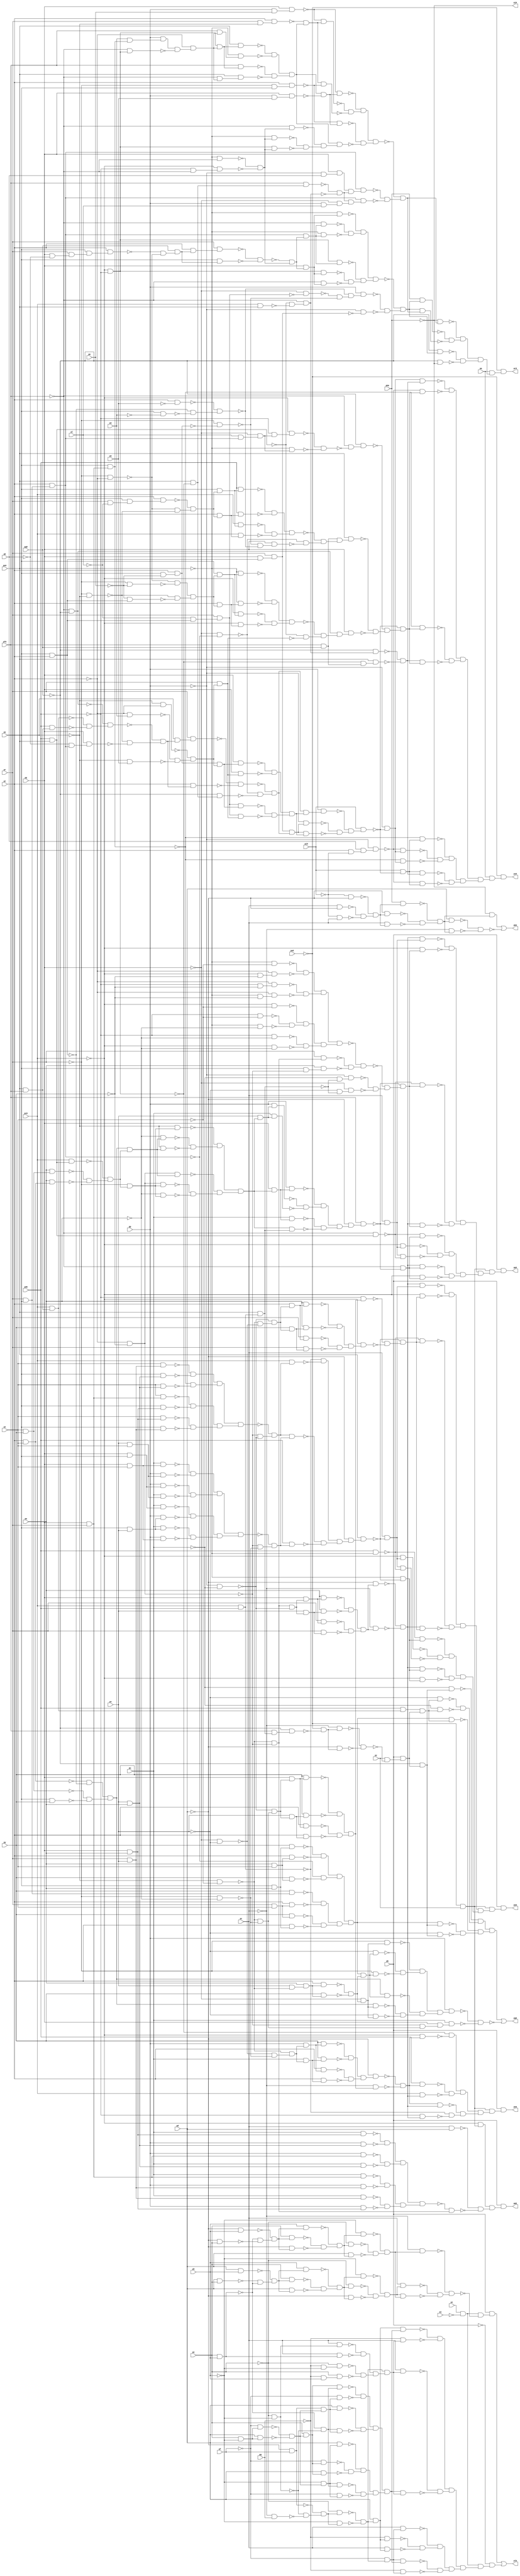
module top ( 
    pp, pa0, pq, pr, pc0, ps, pd0, pt, pe0, pu, pf0, pv, pg0, pw, ph0, px,
    pi0, py, pz, pa, pb, pc, pd, pe, pf, pg, ph, pi, pj, pk, pl, pm, pn,
    po,
    pj0, pk0, pl0, pm0, pn0, po0, pp0, pq0, pr0, ps0  );
  input  pp, pa0, pq, pr, pc0, ps, pd0, pt, pe0, pu, pf0, pv, pg0, pw,
    ph0, px, pi0, py, pz, pa, pb, pc, pd, pe, pf, pg, ph, pi, pj, pk, pl,
    pm, pn, po;
  output pj0, pk0, pl0, pm0, pn0, po0, pp0, pq0, pr0, ps0;
  wire new_n45_, new_n46_, new_n47_, new_n48_, new_n49_, new_n50_, new_n51_,
    new_n52_, new_n53_, new_n54_, new_n55_, new_n56_, new_n57_, new_n58_,
    new_n60_, new_n61_, new_n62_, new_n63_, new_n64_, new_n65_, new_n66_,
    new_n67_, new_n68_, new_n69_, new_n70_, new_n71_, new_n72_, new_n73_,
    new_n74_, new_n75_, new_n76_, new_n77_, new_n78_, new_n79_, new_n80_,
    new_n81_, new_n82_, new_n83_, new_n84_, new_n85_, new_n86_, new_n87_,
    new_n88_, new_n89_, new_n90_, new_n91_, new_n92_, new_n93_, new_n94_,
    new_n95_, new_n96_, new_n97_, new_n98_, new_n99_, new_n100_, new_n101_,
    new_n102_, new_n103_, new_n104_, new_n105_, new_n106_, new_n107_,
    new_n108_, new_n109_, new_n110_, new_n111_, new_n112_, new_n113_,
    new_n114_, new_n115_, new_n116_, new_n117_, new_n118_, new_n119_,
    new_n120_, new_n121_, new_n122_, new_n123_, new_n124_, new_n125_,
    new_n126_, new_n127_, new_n128_, new_n129_, new_n130_, new_n131_,
    new_n132_, new_n133_, new_n134_, new_n135_, new_n136_, new_n137_,
    new_n138_, new_n139_, new_n140_, new_n141_, new_n142_, new_n143_,
    new_n144_, new_n145_, new_n146_, new_n147_, new_n148_, new_n149_,
    new_n150_, new_n151_, new_n152_, new_n153_, new_n154_, new_n155_,
    new_n156_, new_n157_, new_n158_, new_n159_, new_n160_, new_n162_,
    new_n163_, new_n164_, new_n165_, new_n166_, new_n167_, new_n168_,
    new_n169_, new_n170_, new_n171_, new_n172_, new_n173_, new_n174_,
    new_n175_, new_n176_, new_n177_, new_n178_, new_n179_, new_n180_,
    new_n181_, new_n182_, new_n183_, new_n184_, new_n185_, new_n186_,
    new_n187_, new_n188_, new_n189_, new_n191_, new_n192_, new_n193_,
    new_n194_, new_n195_, new_n196_, new_n197_, new_n198_, new_n199_,
    new_n200_, new_n201_, new_n202_, new_n203_, new_n204_, new_n205_,
    new_n206_, new_n207_, new_n208_, new_n209_, new_n210_, new_n211_,
    new_n212_, new_n213_, new_n214_, new_n215_, new_n216_, new_n217_,
    new_n218_, new_n219_, new_n220_, new_n221_, new_n222_, new_n223_,
    new_n224_, new_n225_, new_n226_, new_n227_, new_n228_, new_n229_,
    new_n230_, new_n231_, new_n232_, new_n233_, new_n234_, new_n235_,
    new_n236_, new_n237_, new_n238_, new_n239_, new_n240_, new_n241_,
    new_n242_, new_n243_, new_n244_, new_n245_, new_n247_, new_n248_,
    new_n249_, new_n250_, new_n251_, new_n252_, new_n253_, new_n254_,
    new_n255_, new_n256_, new_n257_, new_n258_, new_n259_, new_n260_,
    new_n261_, new_n262_, new_n263_, new_n264_, new_n265_, new_n266_,
    new_n267_, new_n268_, new_n269_, new_n270_, new_n271_, new_n272_,
    new_n273_, new_n274_, new_n275_, new_n276_, new_n277_, new_n278_,
    new_n279_, new_n280_, new_n281_, new_n282_, new_n283_, new_n284_,
    new_n285_, new_n286_, new_n287_, new_n288_, new_n289_, new_n290_,
    new_n291_, new_n292_, new_n293_, new_n294_, new_n295_, new_n296_,
    new_n297_, new_n298_, new_n299_, new_n300_, new_n301_, new_n302_,
    new_n303_, new_n304_, new_n305_, new_n306_, new_n307_, new_n308_,
    new_n309_, new_n310_, new_n311_, new_n312_, new_n313_, new_n314_,
    new_n315_, new_n316_, new_n317_, new_n318_, new_n319_, new_n320_,
    new_n321_, new_n322_, new_n323_, new_n324_, new_n325_, new_n326_,
    new_n327_, new_n328_, new_n330_, new_n331_, new_n332_, new_n333_,
    new_n334_, new_n335_, new_n336_, new_n337_, new_n338_, new_n339_,
    new_n340_, new_n341_, new_n342_, new_n343_, new_n344_, new_n345_,
    new_n346_, new_n347_, new_n348_, new_n349_, new_n350_, new_n351_,
    new_n352_, new_n353_, new_n354_, new_n355_, new_n356_, new_n357_,
    new_n358_, new_n359_, new_n360_, new_n361_, new_n362_, new_n363_,
    new_n364_, new_n365_, new_n366_, new_n367_, new_n368_, new_n369_,
    new_n370_, new_n371_, new_n372_, new_n373_, new_n374_, new_n375_,
    new_n376_, new_n377_, new_n378_, new_n379_, new_n380_, new_n381_,
    new_n382_, new_n383_, new_n384_, new_n385_, new_n386_, new_n387_,
    new_n388_, new_n389_, new_n390_, new_n391_, new_n392_, new_n393_,
    new_n394_, new_n395_, new_n396_, new_n397_, new_n398_, new_n399_,
    new_n400_, new_n401_, new_n402_, new_n403_, new_n404_, new_n405_,
    new_n406_, new_n407_, new_n408_, new_n409_, new_n410_, new_n411_,
    new_n412_, new_n413_, new_n414_, new_n415_, new_n416_, new_n417_,
    new_n418_, new_n419_, new_n420_, new_n421_, new_n422_, new_n424_,
    new_n425_, new_n426_, new_n427_, new_n428_, new_n429_, new_n430_,
    new_n431_, new_n432_, new_n433_, new_n434_, new_n435_, new_n436_,
    new_n437_, new_n438_, new_n439_, new_n440_, new_n441_, new_n442_,
    new_n443_, new_n444_, new_n445_, new_n446_, new_n447_, new_n448_,
    new_n449_, new_n450_, new_n451_, new_n452_, new_n453_, new_n454_,
    new_n455_, new_n456_, new_n457_, new_n458_, new_n459_, new_n460_,
    new_n461_, new_n462_, new_n463_, new_n464_, new_n465_, new_n466_,
    new_n467_, new_n468_, new_n469_, new_n470_, new_n471_, new_n472_,
    new_n473_, new_n474_, new_n475_, new_n476_, new_n477_, new_n478_,
    new_n479_, new_n480_, new_n481_, new_n482_, new_n483_, new_n484_,
    new_n485_, new_n486_, new_n487_, new_n488_, new_n489_, new_n491_,
    new_n492_, new_n493_, new_n494_, new_n495_, new_n496_, new_n497_,
    new_n498_, new_n499_, new_n500_, new_n501_, new_n502_, new_n503_,
    new_n504_, new_n505_, new_n506_, new_n507_, new_n508_, new_n509_,
    new_n510_, new_n511_, new_n512_, new_n513_, new_n514_, new_n515_,
    new_n516_, new_n517_, new_n518_, new_n519_, new_n520_, new_n521_,
    new_n522_, new_n523_, new_n524_, new_n525_, new_n526_, new_n527_,
    new_n528_, new_n529_, new_n530_, new_n531_, new_n532_, new_n533_,
    new_n534_, new_n535_, new_n536_, new_n537_, new_n538_, new_n539_,
    new_n540_, new_n541_, new_n542_, new_n543_, new_n544_, new_n545_,
    new_n546_, new_n547_, new_n548_, new_n549_, new_n550_, new_n551_,
    new_n552_, new_n553_, new_n554_, new_n555_, new_n556_, new_n557_,
    new_n558_, new_n559_, new_n560_, new_n561_, new_n562_, new_n563_,
    new_n564_, new_n565_, new_n566_, new_n567_, new_n568_, new_n569_,
    new_n570_, new_n571_, new_n572_, new_n573_, new_n574_, new_n575_,
    new_n576_, new_n577_, new_n578_, new_n579_, new_n580_, new_n581_,
    new_n582_, new_n583_, new_n584_, new_n585_, new_n586_, new_n587_,
    new_n588_, new_n589_, new_n590_, new_n591_, new_n592_, new_n593_,
    new_n594_, new_n595_, new_n596_, new_n597_, new_n598_, new_n599_,
    new_n600_, new_n601_, new_n602_, new_n604_, new_n605_, new_n606_,
    new_n607_, new_n608_, new_n609_, new_n610_, new_n611_, new_n612_,
    new_n613_, new_n614_, new_n615_, new_n616_, new_n617_, new_n618_,
    new_n619_, new_n620_, new_n621_, new_n622_, new_n623_, new_n624_,
    new_n625_, new_n626_, new_n627_, new_n628_, new_n629_, new_n630_,
    new_n631_, new_n632_, new_n633_, new_n634_, new_n635_, new_n636_,
    new_n637_, new_n638_, new_n639_, new_n640_, new_n641_, new_n642_,
    new_n643_, new_n644_, new_n645_, new_n646_, new_n647_, new_n648_,
    new_n649_, new_n650_, new_n651_, new_n652_, new_n653_, new_n654_,
    new_n655_, new_n656_, new_n657_, new_n658_, new_n659_, new_n660_,
    new_n661_, new_n662_, new_n663_, new_n664_, new_n665_, new_n666_,
    new_n667_, new_n668_, new_n669_, new_n670_, new_n671_, new_n672_,
    new_n673_, new_n674_, new_n675_, new_n676_, new_n677_, new_n678_,
    new_n679_, new_n680_, new_n681_, new_n682_, new_n683_, new_n684_,
    new_n685_, new_n686_, new_n687_, new_n688_, new_n689_, new_n690_,
    new_n691_, new_n692_, new_n693_, new_n694_, new_n695_, new_n696_,
    new_n697_, new_n698_, new_n699_, new_n700_, new_n701_, new_n702_,
    new_n703_, new_n704_, new_n705_, new_n706_, new_n707_, new_n708_,
    new_n709_, new_n710_, new_n711_, new_n712_, new_n713_, new_n714_,
    new_n715_, new_n716_, new_n717_, new_n718_, new_n719_;
  assign new_n45_ = pc & ~pd;
  assign new_n46_ = ~pi0 & pc;
  assign new_n47_ = ~pi0 & ~pd;
  assign new_n48_ = ~new_n45_ & ~new_n46_;
  assign new_n49_ = ~new_n47_ & new_n48_;
  assign new_n50_ = ~pd & new_n49_;
  assign new_n51_ = pc & new_n49_;
  assign new_n52_ = ph0 & new_n49_;
  assign new_n53_ = ~new_n50_ & ~new_n51_;
  assign new_n54_ = ~new_n52_ & new_n53_;
  assign new_n55_ = pd & new_n54_;
  assign new_n56_ = ~pc & new_n54_;
  assign new_n57_ = ~ph0 & new_n54_;
  assign new_n58_ = ~new_n55_ & ~new_n56_;
  assign pk0 = new_n57_ | ~new_n58_;
  assign new_n60_ = pi & ~pj;
  assign new_n61_ = pd & pe;
  assign new_n62_ = pe & ph;
  assign new_n63_ = pd & ph;
  assign new_n64_ = ~new_n61_ & ~new_n62_;
  assign new_n65_ = ~new_n63_ & new_n64_;
  assign new_n66_ = pe & new_n65_;
  assign new_n67_ = pd & new_n65_;
  assign new_n68_ = ph & new_n65_;
  assign new_n69_ = ~new_n66_ & ~new_n67_;
  assign new_n70_ = ~new_n68_ & new_n69_;
  assign new_n71_ = ~pe & new_n70_;
  assign new_n72_ = ~pd & new_n70_;
  assign new_n73_ = ~ph & new_n70_;
  assign new_n74_ = ~new_n71_ & ~new_n72_;
  assign new_n75_ = ~new_n73_ & new_n74_;
  assign new_n76_ = pc & new_n75_;
  assign new_n77_ = ~pd & pe;
  assign new_n78_ = ~pd & ph;
  assign new_n79_ = ~new_n62_ & ~new_n77_;
  assign new_n80_ = ~new_n78_ & new_n79_;
  assign new_n81_ = pe & new_n80_;
  assign new_n82_ = ~pd & new_n80_;
  assign new_n83_ = ph & new_n80_;
  assign new_n84_ = ~new_n81_ & ~new_n82_;
  assign new_n85_ = ~new_n83_ & new_n84_;
  assign new_n86_ = ~pe & new_n85_;
  assign new_n87_ = pd & new_n85_;
  assign new_n88_ = ~ph & new_n85_;
  assign new_n89_ = ~new_n86_ & ~new_n87_;
  assign new_n90_ = ~new_n88_ & new_n89_;
  assign new_n91_ = new_n75_ & new_n90_;
  assign new_n92_ = ~pc & new_n90_;
  assign new_n93_ = ~new_n76_ & ~new_n91_;
  assign new_n94_ = ~new_n92_ & new_n93_;
  assign new_n95_ = new_n60_ & ~new_n94_;
  assign new_n96_ = pb & new_n95_;
  assign new_n97_ = ~pe & ~ph;
  assign new_n98_ = ~pc & pg;
  assign new_n99_ = ~pd & pf;
  assign new_n100_ = ~new_n97_ & ~new_n98_;
  assign new_n101_ = ~new_n99_ & new_n100_;
  assign new_n102_ = ~pe & new_n101_;
  assign new_n103_ = ~ph & new_n101_;
  assign new_n104_ = ~new_n102_ & ~new_n103_;
  assign new_n105_ = pd & new_n104_;
  assign new_n106_ = ~pg & new_n105_;
  assign new_n107_ = pc & new_n105_;
  assign new_n108_ = ~pf & new_n104_;
  assign new_n109_ = pc & new_n108_;
  assign new_n110_ = pe & ~ph;
  assign new_n111_ = ~pf & new_n110_;
  assign new_n112_ = pd & new_n110_;
  assign new_n113_ = ~new_n111_ & ~new_n112_;
  assign new_n114_ = pe & new_n113_;
  assign new_n115_ = ~pf & new_n114_;
  assign new_n116_ = pd & new_n114_;
  assign new_n117_ = ~ph & new_n113_;
  assign new_n118_ = pd & new_n117_;
  assign new_n119_ = ~new_n62_ & ~new_n97_;
  assign new_n120_ = new_n117_ & new_n119_;
  assign new_n121_ = ~pf & new_n117_;
  assign new_n122_ = new_n99_ & new_n113_;
  assign new_n123_ = pd & new_n122_;
  assign new_n124_ = new_n119_ & new_n122_;
  assign new_n125_ = new_n114_ & new_n119_;
  assign new_n126_ = ~pf & new_n122_;
  assign new_n127_ = ~new_n125_ & ~new_n126_;
  assign new_n128_ = ~new_n123_ & ~new_n124_;
  assign new_n129_ = new_n127_ & new_n128_;
  assign new_n130_ = ~new_n115_ & ~new_n116_;
  assign new_n131_ = ~new_n118_ & new_n130_;
  assign new_n132_ = ~new_n120_ & ~new_n121_;
  assign new_n133_ = new_n131_ & new_n132_;
  assign new_n134_ = new_n129_ & new_n133_;
  assign new_n135_ = new_n108_ & new_n134_;
  assign new_n136_ = ~pg & new_n108_;
  assign new_n137_ = ~pg & ~ph;
  assign new_n138_ = ~pe & new_n137_;
  assign new_n139_ = ~pg & ph;
  assign new_n140_ = pe & new_n139_;
  assign new_n141_ = pc & new_n97_;
  assign new_n142_ = pc & new_n62_;
  assign new_n143_ = ~new_n141_ & ~new_n142_;
  assign new_n144_ = ~new_n138_ & ~new_n140_;
  assign new_n145_ = new_n143_ & new_n144_;
  assign new_n146_ = new_n104_ & new_n145_;
  assign new_n147_ = pc & new_n146_;
  assign new_n148_ = new_n134_ & new_n146_;
  assign new_n149_ = new_n105_ & new_n134_;
  assign new_n150_ = ~pg & new_n146_;
  assign new_n151_ = ~new_n149_ & ~new_n150_;
  assign new_n152_ = ~new_n147_ & ~new_n148_;
  assign new_n153_ = new_n151_ & new_n152_;
  assign new_n154_ = ~new_n106_ & ~new_n107_;
  assign new_n155_ = ~new_n109_ & new_n154_;
  assign new_n156_ = ~new_n135_ & ~new_n136_;
  assign new_n157_ = new_n155_ & new_n156_;
  assign new_n158_ = new_n153_ & new_n157_;
  assign new_n159_ = new_n60_ & new_n158_;
  assign new_n160_ = ~pb & new_n159_;
  assign pl0 = new_n96_ | new_n160_;
  assign new_n162_ = ~pa0 & pz;
  assign new_n163_ = ~pc0 & new_n162_;
  assign new_n164_ = pc & pd;
  assign new_n165_ = ~ps & ~px;
  assign new_n166_ = ~pt & ~py;
  assign new_n167_ = pr & pv;
  assign new_n168_ = pu & new_n167_;
  assign new_n169_ = pq & pw;
  assign new_n170_ = pp & new_n169_;
  assign new_n171_ = pq & pr;
  assign new_n172_ = pu & new_n171_;
  assign new_n173_ = pp & new_n167_;
  assign new_n174_ = pp & new_n171_;
  assign new_n175_ = pv & pw;
  assign new_n176_ = pu & new_n175_;
  assign new_n177_ = pu & new_n169_;
  assign new_n178_ = pp & new_n175_;
  assign new_n179_ = ~new_n177_ & ~new_n178_;
  assign new_n180_ = ~new_n174_ & ~new_n176_;
  assign new_n181_ = new_n179_ & new_n180_;
  assign new_n182_ = ~new_n172_ & ~new_n173_;
  assign new_n183_ = ~new_n168_ & ~new_n170_;
  assign new_n184_ = new_n182_ & new_n183_;
  assign new_n185_ = new_n181_ & new_n184_;
  assign new_n186_ = ~new_n165_ & ~new_n166_;
  assign new_n187_ = ~new_n185_ & new_n186_;
  assign new_n188_ = ~new_n164_ & ~new_n187_;
  assign new_n189_ = new_n163_ & new_n188_;
  assign pm0 = pb & new_n189_;
  assign new_n191_ = ~pq & ~pv;
  assign new_n192_ = ~pr & ~pw;
  assign new_n193_ = ~new_n191_ & ~new_n192_;
  assign new_n194_ = ~new_n165_ & new_n193_;
  assign new_n195_ = pp & new_n194_;
  assign new_n196_ = pt & new_n195_;
  assign new_n197_ = pu & new_n194_;
  assign new_n198_ = pt & new_n197_;
  assign new_n199_ = py & new_n195_;
  assign new_n200_ = py & new_n197_;
  assign new_n201_ = ~new_n199_ & ~new_n200_;
  assign new_n202_ = ~new_n196_ & ~new_n198_;
  assign new_n203_ = new_n201_ & new_n202_;
  assign new_n204_ = ~pd & new_n203_;
  assign new_n205_ = ~pp & ~pu;
  assign new_n206_ = ~new_n165_ & ~new_n192_;
  assign new_n207_ = ~new_n205_ & new_n206_;
  assign new_n208_ = pq & new_n207_;
  assign new_n209_ = pt & new_n208_;
  assign new_n210_ = pv & new_n207_;
  assign new_n211_ = pt & new_n210_;
  assign new_n212_ = py & new_n208_;
  assign new_n213_ = py & new_n210_;
  assign new_n214_ = ~new_n212_ & ~new_n213_;
  assign new_n215_ = ~new_n209_ & ~new_n211_;
  assign new_n216_ = new_n214_ & new_n215_;
  assign new_n217_ = ~pc & new_n216_;
  assign new_n218_ = ~new_n204_ & ~new_n217_;
  assign new_n219_ = pd0 & new_n218_;
  assign new_n220_ = new_n186_ & ~new_n205_;
  assign new_n221_ = pq & new_n220_;
  assign new_n222_ = pr & new_n221_;
  assign new_n223_ = pv & new_n220_;
  assign new_n224_ = pr & new_n223_;
  assign new_n225_ = pw & new_n221_;
  assign new_n226_ = pw & new_n223_;
  assign new_n227_ = ~new_n225_ & ~new_n226_;
  assign new_n228_ = ~new_n222_ & ~new_n224_;
  assign new_n229_ = new_n227_ & new_n228_;
  assign new_n230_ = ~pd & new_n229_;
  assign new_n231_ = ~pc & new_n229_;
  assign new_n232_ = ~new_n230_ & ~new_n231_;
  assign new_n233_ = pc0 & new_n232_;
  assign new_n234_ = ~pc0 & ~pd0;
  assign new_n235_ = ~pc0 & new_n218_;
  assign new_n236_ = pc0 & pd0;
  assign new_n237_ = ~pd0 & new_n232_;
  assign new_n238_ = new_n218_ & new_n232_;
  assign new_n239_ = ~new_n234_ & ~new_n235_;
  assign new_n240_ = ~new_n219_ & ~new_n233_;
  assign new_n241_ = new_n239_ & new_n240_;
  assign new_n242_ = ~new_n236_ & ~new_n237_;
  assign new_n243_ = ~new_n238_ & new_n242_;
  assign new_n244_ = new_n241_ & new_n243_;
  assign new_n245_ = new_n162_ & new_n244_;
  assign pn0 = pb & new_n245_;
  assign new_n247_ = px & new_n169_;
  assign new_n248_ = ps & new_n167_;
  assign new_n249_ = px & new_n171_;
  assign new_n250_ = ps & new_n169_;
  assign new_n251_ = ps & new_n171_;
  assign new_n252_ = px & new_n175_;
  assign new_n253_ = px & new_n167_;
  assign new_n254_ = ps & new_n175_;
  assign new_n255_ = ~new_n253_ & ~new_n254_;
  assign new_n256_ = ~new_n251_ & ~new_n252_;
  assign new_n257_ = new_n255_ & new_n256_;
  assign new_n258_ = ~new_n249_ & ~new_n250_;
  assign new_n259_ = ~new_n247_ & ~new_n248_;
  assign new_n260_ = new_n258_ & new_n259_;
  assign new_n261_ = new_n257_ & new_n260_;
  assign new_n262_ = ~new_n166_ & ~new_n205_;
  assign new_n263_ = ~new_n261_ & new_n262_;
  assign new_n264_ = ps & pv;
  assign new_n265_ = pu & new_n264_;
  assign new_n266_ = pq & px;
  assign new_n267_ = pp & new_n266_;
  assign new_n268_ = pq & ps;
  assign new_n269_ = pu & new_n268_;
  assign new_n270_ = pp & new_n264_;
  assign new_n271_ = pp & new_n268_;
  assign new_n272_ = pv & px;
  assign new_n273_ = pu & new_n272_;
  assign new_n274_ = pu & new_n266_;
  assign new_n275_ = pp & new_n272_;
  assign new_n276_ = ~new_n274_ & ~new_n275_;
  assign new_n277_ = ~new_n271_ & ~new_n273_;
  assign new_n278_ = new_n276_ & new_n277_;
  assign new_n279_ = ~new_n269_ & ~new_n270_;
  assign new_n280_ = ~new_n265_ & ~new_n267_;
  assign new_n281_ = new_n279_ & new_n280_;
  assign new_n282_ = new_n278_ & new_n281_;
  assign new_n283_ = ~new_n166_ & ~new_n192_;
  assign new_n284_ = ~new_n282_ & new_n283_;
  assign new_n285_ = new_n263_ & new_n284_;
  assign new_n286_ = pd0 & new_n284_;
  assign new_n287_ = pc0 & new_n263_;
  assign new_n288_ = ~new_n236_ & ~new_n287_;
  assign new_n289_ = ~new_n285_ & ~new_n286_;
  assign new_n290_ = new_n288_ & new_n289_;
  assign new_n291_ = ~pd & new_n290_;
  assign new_n292_ = pe0 & new_n291_;
  assign new_n293_ = pc & ~new_n292_;
  assign new_n294_ = ~pc0 & new_n293_;
  assign new_n295_ = pd0 & ~pe0;
  assign new_n296_ = new_n293_ & ~new_n295_;
  assign new_n297_ = ~pe0 & ~new_n292_;
  assign new_n298_ = ~new_n295_ & new_n297_;
  assign new_n299_ = new_n232_ & new_n297_;
  assign new_n300_ = ~pc0 & new_n297_;
  assign new_n301_ = ~pd0 & new_n216_;
  assign new_n302_ = ~new_n165_ & ~new_n191_;
  assign new_n303_ = ~new_n205_ & new_n302_;
  assign new_n304_ = pt & new_n303_;
  assign new_n305_ = pr & new_n304_;
  assign new_n306_ = py & new_n303_;
  assign new_n307_ = pr & new_n306_;
  assign new_n308_ = pw & new_n304_;
  assign new_n309_ = pw & new_n306_;
  assign new_n310_ = ~new_n308_ & ~new_n309_;
  assign new_n311_ = ~new_n305_ & ~new_n307_;
  assign new_n312_ = new_n310_ & new_n311_;
  assign new_n313_ = ~pc0 & new_n312_;
  assign new_n314_ = ~new_n301_ & ~new_n313_;
  assign new_n315_ = ~new_n292_ & new_n314_;
  assign new_n316_ = ~new_n295_ & new_n315_;
  assign new_n317_ = new_n232_ & new_n315_;
  assign new_n318_ = new_n232_ & new_n293_;
  assign new_n319_ = ~pc0 & new_n315_;
  assign new_n320_ = ~new_n318_ & ~new_n319_;
  assign new_n321_ = ~new_n316_ & ~new_n317_;
  assign new_n322_ = new_n320_ & new_n321_;
  assign new_n323_ = ~new_n294_ & ~new_n296_;
  assign new_n324_ = ~new_n298_ & new_n323_;
  assign new_n325_ = ~new_n299_ & ~new_n300_;
  assign new_n326_ = new_n324_ & new_n325_;
  assign new_n327_ = new_n322_ & new_n326_;
  assign new_n328_ = new_n162_ & new_n327_;
  assign po0 = pb & new_n328_;
  assign new_n330_ = px & py;
  assign new_n331_ = ps & py;
  assign new_n332_ = pt & px;
  assign new_n333_ = ps & pt;
  assign new_n334_ = ~new_n332_ & ~new_n333_;
  assign new_n335_ = ~new_n330_ & ~new_n331_;
  assign new_n336_ = new_n334_ & new_n335_;
  assign new_n337_ = pw & new_n330_;
  assign new_n338_ = pw & new_n332_;
  assign new_n339_ = pd0 & pe0;
  assign new_n340_ = pc0 & new_n339_;
  assign new_n341_ = ~new_n337_ & ~new_n338_;
  assign new_n342_ = ~new_n340_ & new_n341_;
  assign new_n343_ = new_n336_ & new_n342_;
  assign new_n344_ = ~pw & new_n343_;
  assign new_n345_ = ~ps & new_n343_;
  assign new_n346_ = ~pr & new_n342_;
  assign new_n347_ = ~ps & new_n346_;
  assign new_n348_ = new_n166_ & new_n346_;
  assign new_n349_ = ~pw & new_n346_;
  assign new_n350_ = new_n166_ & new_n343_;
  assign new_n351_ = ~new_n344_ & ~new_n345_;
  assign new_n352_ = ~new_n347_ & new_n351_;
  assign new_n353_ = ~new_n348_ & ~new_n349_;
  assign new_n354_ = ~new_n350_ & new_n353_;
  assign new_n355_ = new_n352_ & new_n354_;
  assign new_n356_ = pv & new_n355_;
  assign new_n357_ = pp & new_n356_;
  assign new_n358_ = pu & new_n356_;
  assign new_n359_ = pq & new_n355_;
  assign new_n360_ = pp & new_n359_;
  assign new_n361_ = pu & new_n359_;
  assign new_n362_ = pe0 & new_n236_;
  assign new_n363_ = new_n355_ & new_n362_;
  assign new_n364_ = ~new_n357_ & ~new_n358_;
  assign new_n365_ = ~new_n360_ & new_n364_;
  assign new_n366_ = ~new_n361_ & ~new_n363_;
  assign new_n367_ = new_n365_ & new_n366_;
  assign new_n368_ = ~pd & new_n367_;
  assign new_n369_ = pf0 & new_n368_;
  assign new_n370_ = pc & ~new_n369_;
  assign new_n371_ = ~pc0 & new_n370_;
  assign new_n372_ = ~pf0 & new_n339_;
  assign new_n373_ = new_n370_ & ~new_n372_;
  assign new_n374_ = ~pf0 & ~new_n369_;
  assign new_n375_ = ~new_n372_ & new_n374_;
  assign new_n376_ = new_n232_ & new_n374_;
  assign new_n377_ = ~pc0 & new_n374_;
  assign new_n378_ = ~pu & ~new_n362_;
  assign new_n379_ = ~pp & new_n378_;
  assign new_n380_ = ~pv & ~new_n362_;
  assign new_n381_ = ~pq & new_n380_;
  assign new_n382_ = pr & new_n186_;
  assign new_n383_ = ps & ~new_n166_;
  assign new_n384_ = pw & new_n383_;
  assign new_n385_ = ~pd0 & ~px;
  assign new_n386_ = ~pe0 & ~pw;
  assign new_n387_ = ~pc0 & ~px;
  assign new_n388_ = ~pd0 & ~pw;
  assign new_n389_ = ~pc0 & ~pw;
  assign new_n390_ = ~pd0 & ~py;
  assign new_n391_ = ~pt & new_n390_;
  assign new_n392_ = ~pe0 & ~py;
  assign new_n393_ = ~pt & new_n392_;
  assign new_n394_ = ~pe0 & ~px;
  assign new_n395_ = ~pc0 & ~py;
  assign new_n396_ = ~pt & new_n395_;
  assign new_n397_ = ~new_n394_ & ~new_n396_;
  assign new_n398_ = ~new_n391_ & ~new_n393_;
  assign new_n399_ = new_n397_ & new_n398_;
  assign new_n400_ = ~new_n385_ & ~new_n386_;
  assign new_n401_ = ~new_n387_ & new_n400_;
  assign new_n402_ = ~new_n388_ & ~new_n389_;
  assign new_n403_ = new_n401_ & new_n402_;
  assign new_n404_ = new_n399_ & new_n403_;
  assign new_n405_ = ~new_n382_ & ~new_n384_;
  assign new_n406_ = ~new_n404_ & new_n405_;
  assign new_n407_ = ~new_n379_ & ~new_n381_;
  assign new_n408_ = ~new_n406_ & new_n407_;
  assign new_n409_ = ~new_n369_ & new_n408_;
  assign new_n410_ = ~new_n372_ & new_n409_;
  assign new_n411_ = new_n232_ & new_n409_;
  assign new_n412_ = new_n232_ & new_n370_;
  assign new_n413_ = ~pc0 & new_n409_;
  assign new_n414_ = ~new_n412_ & ~new_n413_;
  assign new_n415_ = ~new_n410_ & ~new_n411_;
  assign new_n416_ = new_n414_ & new_n415_;
  assign new_n417_ = ~new_n371_ & ~new_n373_;
  assign new_n418_ = ~new_n375_ & new_n417_;
  assign new_n419_ = ~new_n376_ & ~new_n377_;
  assign new_n420_ = new_n418_ & new_n419_;
  assign new_n421_ = new_n416_ & new_n420_;
  assign new_n422_ = new_n162_ & new_n421_;
  assign pp0 = pb & new_n422_;
  assign new_n424_ = pr & px;
  assign new_n425_ = py & new_n424_;
  assign new_n426_ = ps & pw;
  assign new_n427_ = pt & new_n426_;
  assign new_n428_ = pr & ps;
  assign new_n429_ = py & new_n428_;
  assign new_n430_ = pt & new_n424_;
  assign new_n431_ = pt & new_n428_;
  assign new_n432_ = pw & px;
  assign new_n433_ = py & new_n432_;
  assign new_n434_ = py & new_n426_;
  assign new_n435_ = pt & new_n432_;
  assign new_n436_ = ~new_n434_ & ~new_n435_;
  assign new_n437_ = ~new_n431_ & ~new_n433_;
  assign new_n438_ = new_n436_ & new_n437_;
  assign new_n439_ = ~new_n429_ & ~new_n430_;
  assign new_n440_ = ~new_n425_ & ~new_n427_;
  assign new_n441_ = new_n439_ & new_n440_;
  assign new_n442_ = new_n438_ & new_n441_;
  assign new_n443_ = pv & ~new_n165_;
  assign new_n444_ = pw & new_n443_;
  assign new_n445_ = pt & new_n444_;
  assign new_n446_ = py & new_n444_;
  assign new_n447_ = ~new_n445_ & ~new_n446_;
  assign new_n448_ = new_n442_ & new_n447_;
  assign new_n449_ = ~pv & new_n448_;
  assign new_n450_ = ~pr & new_n448_;
  assign new_n451_ = ~pq & new_n447_;
  assign new_n452_ = ~pr & new_n451_;
  assign new_n453_ = new_n336_ & new_n451_;
  assign new_n454_ = ~pv & new_n451_;
  assign new_n455_ = new_n336_ & new_n448_;
  assign new_n456_ = ~new_n449_ & ~new_n450_;
  assign new_n457_ = ~new_n452_ & new_n456_;
  assign new_n458_ = ~new_n453_ & ~new_n454_;
  assign new_n459_ = ~new_n455_ & new_n458_;
  assign new_n460_ = new_n457_ & new_n459_;
  assign new_n461_ = pp & new_n460_;
  assign new_n462_ = ~new_n166_ & new_n206_;
  assign new_n463_ = pq & new_n462_;
  assign new_n464_ = pu & new_n463_;
  assign new_n465_ = pe0 & pf0;
  assign new_n466_ = pc0 & new_n465_;
  assign new_n467_ = pd0 & new_n466_;
  assign new_n468_ = pf0 & new_n362_;
  assign new_n469_ = ~pg0 & new_n468_;
  assign new_n470_ = ~pa0 & ~new_n469_;
  assign new_n471_ = ~pc & new_n470_;
  assign new_n472_ = ~pd & new_n470_;
  assign new_n473_ = ~new_n471_ & ~new_n472_;
  assign new_n474_ = pz & ~new_n473_;
  assign new_n475_ = pb & new_n474_;
  assign new_n476_ = new_n467_ & new_n475_;
  assign new_n477_ = ~pv & new_n476_;
  assign new_n478_ = ~pu & new_n476_;
  assign new_n479_ = ~pg0 & new_n475_;
  assign new_n480_ = ~pu & new_n479_;
  assign new_n481_ = new_n442_ & new_n479_;
  assign new_n482_ = ~pv & new_n479_;
  assign new_n483_ = new_n442_ & new_n476_;
  assign new_n484_ = ~new_n477_ & ~new_n478_;
  assign new_n485_ = ~new_n480_ & new_n484_;
  assign new_n486_ = ~new_n481_ & ~new_n482_;
  assign new_n487_ = ~new_n483_ & new_n486_;
  assign new_n488_ = new_n485_ & new_n487_;
  assign new_n489_ = ~new_n461_ & ~new_n464_;
  assign pq0 = new_n488_ | ~new_n489_;
  assign new_n491_ = ~pl & new_n333_;
  assign new_n492_ = pr & new_n491_;
  assign new_n493_ = ~pq & ~new_n492_;
  assign new_n494_ = ps & ~pm;
  assign new_n495_ = pt & new_n494_;
  assign new_n496_ = ~pr & ~new_n495_;
  assign new_n497_ = ps & ~po;
  assign new_n498_ = pt & ~pn;
  assign new_n499_ = ~new_n333_ & ~new_n497_;
  assign new_n500_ = ~new_n498_ & new_n499_;
  assign new_n501_ = ~new_n493_ & ~new_n496_;
  assign new_n502_ = ~new_n500_ & new_n501_;
  assign new_n503_ = pp & new_n502_;
  assign new_n504_ = pq & new_n333_;
  assign new_n505_ = pr & new_n504_;
  assign new_n506_ = ~pp & ~new_n505_;
  assign new_n507_ = ~pe0 & ~pf0;
  assign new_n508_ = ~pd0 & ~pf0;
  assign new_n509_ = ~pc0 & new_n508_;
  assign new_n510_ = pq & ~pk;
  assign new_n511_ = pr & new_n510_;
  assign new_n512_ = ps & new_n511_;
  assign new_n513_ = pt & new_n512_;
  assign new_n514_ = ~pr & ~pt;
  assign new_n515_ = ~new_n513_ & ~new_n514_;
  assign new_n516_ = pg0 & new_n515_;
  assign new_n517_ = pt & new_n516_;
  assign new_n518_ = pr & new_n517_;
  assign new_n519_ = ps & new_n516_;
  assign new_n520_ = ~new_n518_ & ~new_n519_;
  assign new_n521_ = ~new_n507_ & ~new_n509_;
  assign new_n522_ = ~new_n520_ & new_n521_;
  assign new_n523_ = new_n431_ & new_n522_;
  assign new_n524_ = ~pf0 & new_n523_;
  assign new_n525_ = ~pe0 & new_n523_;
  assign new_n526_ = pq & new_n522_;
  assign new_n527_ = ~pe0 & new_n526_;
  assign new_n528_ = new_n234_ & new_n526_;
  assign new_n529_ = ~pf0 & new_n526_;
  assign new_n530_ = new_n234_ & new_n523_;
  assign new_n531_ = ~new_n524_ & ~new_n525_;
  assign new_n532_ = ~new_n527_ & new_n531_;
  assign new_n533_ = ~new_n528_ & ~new_n529_;
  assign new_n534_ = ~new_n530_ & new_n533_;
  assign new_n535_ = new_n532_ & new_n534_;
  assign new_n536_ = ~new_n503_ & ~new_n506_;
  assign new_n537_ = ~new_n535_ & new_n536_;
  assign new_n538_ = ph0 & new_n537_;
  assign new_n539_ = ~pp & pk;
  assign new_n540_ = pq & new_n539_;
  assign new_n541_ = pe0 & ~new_n234_;
  assign new_n542_ = pf0 & new_n541_;
  assign new_n543_ = pc0 & pe0;
  assign new_n544_ = ~new_n339_ & ~new_n543_;
  assign new_n545_ = ~pf0 & new_n544_;
  assign new_n546_ = ~new_n542_ & ~new_n545_;
  assign new_n547_ = new_n540_ & new_n546_;
  assign new_n548_ = new_n431_ & new_n547_;
  assign new_n549_ = pp & pl;
  assign new_n550_ = ~pq & new_n549_;
  assign new_n551_ = new_n546_ & new_n550_;
  assign new_n552_ = new_n431_ & new_n551_;
  assign new_n553_ = pr & ~ps;
  assign new_n554_ = pt & new_n553_;
  assign new_n555_ = po & new_n251_;
  assign new_n556_ = pp & new_n555_;
  assign new_n557_ = ~pf0 & new_n234_;
  assign new_n558_ = new_n556_ & ~new_n557_;
  assign new_n559_ = ~pt & new_n558_;
  assign new_n560_ = new_n234_ & new_n559_;
  assign new_n561_ = pf0 & new_n560_;
  assign new_n562_ = ~pf0 & new_n559_;
  assign new_n563_ = pe0 & new_n562_;
  assign new_n564_ = pe0 & new_n560_;
  assign new_n565_ = pf0 & new_n559_;
  assign new_n566_ = ~pe0 & new_n565_;
  assign new_n567_ = ~new_n564_ & ~new_n566_;
  assign new_n568_ = ~new_n561_ & ~new_n563_;
  assign new_n569_ = new_n567_ & new_n568_;
  assign new_n570_ = pp & pm;
  assign new_n571_ = pq & new_n570_;
  assign new_n572_ = ~new_n554_ & new_n569_;
  assign new_n573_ = ~new_n571_ & new_n572_;
  assign new_n574_ = ~pr & ps;
  assign new_n575_ = pt & new_n574_;
  assign new_n576_ = new_n572_ & ~new_n575_;
  assign new_n577_ = pp & pn;
  assign new_n578_ = pq & new_n577_;
  assign new_n579_ = new_n569_ & ~new_n578_;
  assign new_n580_ = ~new_n571_ & new_n579_;
  assign new_n581_ = ~new_n575_ & new_n579_;
  assign new_n582_ = ~pe0 & new_n521_;
  assign new_n583_ = new_n234_ & new_n521_;
  assign new_n584_ = ~pf0 & new_n521_;
  assign new_n585_ = ~new_n582_ & ~new_n583_;
  assign new_n586_ = ~new_n584_ & new_n585_;
  assign new_n587_ = new_n569_ & new_n586_;
  assign new_n588_ = ~new_n573_ & ~new_n576_;
  assign new_n589_ = ~new_n580_ & new_n588_;
  assign new_n590_ = ~new_n581_ & ~new_n587_;
  assign new_n591_ = new_n589_ & new_n590_;
  assign new_n592_ = ~new_n548_ & ~new_n552_;
  assign new_n593_ = ~new_n591_ & new_n592_;
  assign new_n594_ = new_n537_ & new_n593_;
  assign new_n595_ = ~ph0 & new_n593_;
  assign new_n596_ = ~pg0 & new_n537_;
  assign new_n597_ = ~pg0 & ~ph0;
  assign new_n598_ = ~new_n538_ & ~new_n594_;
  assign new_n599_ = ~new_n595_ & new_n598_;
  assign new_n600_ = ~new_n596_ & ~new_n597_;
  assign new_n601_ = new_n599_ & new_n600_;
  assign new_n602_ = pa & new_n601_;
  assign pr0 = ~pa0 & new_n602_;
  assign new_n604_ = ~pq & ~new_n431_;
  assign new_n605_ = ~pg0 & new_n541_;
  assign new_n606_ = ~pr & ~ps;
  assign new_n607_ = ~pk & new_n431_;
  assign new_n608_ = pq & new_n607_;
  assign new_n609_ = pd0 & new_n465_;
  assign new_n610_ = ~pf0 & ~pg0;
  assign new_n611_ = ~new_n466_ & ~new_n609_;
  assign new_n612_ = ~new_n610_ & new_n611_;
  assign new_n613_ = ~new_n606_ & ~new_n608_;
  assign new_n614_ = ~new_n612_ & new_n613_;
  assign new_n615_ = ps & new_n614_;
  assign new_n616_ = pr & new_n615_;
  assign new_n617_ = pt & new_n614_;
  assign new_n618_ = ~new_n616_ & ~new_n617_;
  assign new_n619_ = ~new_n604_ & ~new_n605_;
  assign new_n620_ = ~new_n618_ & new_n619_;
  assign new_n621_ = new_n505_ & new_n620_;
  assign new_n622_ = ~pp & new_n621_;
  assign new_n623_ = ~pt & po;
  assign new_n624_ = ~ps & pn;
  assign new_n625_ = ~ps & ~pt;
  assign new_n626_ = ~new_n623_ & ~new_n624_;
  assign new_n627_ = ~new_n625_ & new_n626_;
  assign new_n628_ = new_n495_ & new_n627_;
  assign new_n629_ = new_n492_ & new_n628_;
  assign new_n630_ = pr & new_n627_;
  assign new_n631_ = new_n492_ & new_n630_;
  assign new_n632_ = pq & new_n628_;
  assign new_n633_ = pq & new_n630_;
  assign new_n634_ = ~new_n632_ & ~new_n633_;
  assign new_n635_ = ~new_n629_ & ~new_n631_;
  assign new_n636_ = new_n634_ & new_n635_;
  assign new_n637_ = new_n621_ & new_n636_;
  assign new_n638_ = new_n620_ & new_n636_;
  assign new_n639_ = pp & new_n638_;
  assign new_n640_ = ~new_n622_ & ~new_n637_;
  assign new_n641_ = ~new_n639_ & new_n640_;
  assign new_n642_ = pi0 & new_n641_;
  assign new_n643_ = pt & ~pi0;
  assign new_n644_ = pk & new_n643_;
  assign new_n645_ = ~pp & new_n644_;
  assign new_n646_ = ~pp & ~new_n642_;
  assign new_n647_ = ~new_n645_ & new_n646_;
  assign new_n648_ = ~new_n251_ & new_n646_;
  assign new_n649_ = pi0 & ~new_n642_;
  assign new_n650_ = ~new_n251_ & new_n649_;
  assign new_n651_ = ~pg0 & new_n545_;
  assign new_n652_ = pf0 & pg0;
  assign new_n653_ = ~new_n234_ & new_n652_;
  assign new_n654_ = pe0 & new_n653_;
  assign new_n655_ = ~new_n651_ & ~new_n654_;
  assign new_n656_ = new_n649_ & new_n655_;
  assign new_n657_ = ~new_n645_ & new_n649_;
  assign new_n658_ = ~new_n496_ & ~new_n500_;
  assign new_n659_ = pq & new_n658_;
  assign new_n660_ = pr & ~pl;
  assign new_n661_ = ps & new_n660_;
  assign new_n662_ = pt & new_n661_;
  assign new_n663_ = ~new_n514_ & ~new_n606_;
  assign new_n664_ = ~new_n662_ & new_n663_;
  assign new_n665_ = ps & new_n664_;
  assign new_n666_ = pc0 & new_n665_;
  assign new_n667_ = pt & new_n664_;
  assign new_n668_ = pc0 & new_n667_;
  assign new_n669_ = pd0 & new_n665_;
  assign new_n670_ = pd0 & new_n667_;
  assign new_n671_ = ~new_n669_ & ~new_n670_;
  assign new_n672_ = ~new_n666_ & ~new_n668_;
  assign new_n673_ = new_n671_ & new_n672_;
  assign new_n674_ = ~new_n604_ & ~new_n659_;
  assign new_n675_ = ~new_n673_ & new_n674_;
  assign new_n676_ = new_n652_ & new_n675_;
  assign new_n677_ = pe0 & new_n676_;
  assign new_n678_ = ~pm & new_n333_;
  assign new_n679_ = ~pr & ~pm;
  assign new_n680_ = ~new_n514_ & ~new_n679_;
  assign new_n681_ = ~new_n606_ & ~new_n678_;
  assign new_n682_ = new_n680_ & new_n681_;
  assign new_n683_ = ps & new_n682_;
  assign new_n684_ = ~pc0 & new_n683_;
  assign new_n685_ = pt & new_n682_;
  assign new_n686_ = ~pc0 & new_n685_;
  assign new_n687_ = ~pe0 & new_n683_;
  assign new_n688_ = ~pe0 & new_n685_;
  assign new_n689_ = ~new_n687_ & ~new_n688_;
  assign new_n690_ = ~new_n684_ & ~new_n686_;
  assign new_n691_ = new_n689_ & new_n690_;
  assign new_n692_ = ~new_n339_ & ~new_n630_;
  assign new_n693_ = ~new_n691_ & new_n692_;
  assign new_n694_ = new_n610_ & new_n693_;
  assign new_n695_ = pq & new_n694_;
  assign new_n696_ = pl & new_n431_;
  assign new_n697_ = ~pq & new_n696_;
  assign new_n698_ = ~pd0 & new_n697_;
  assign new_n699_ = ~pc0 & new_n698_;
  assign new_n700_ = ~pe0 & new_n697_;
  assign new_n701_ = ~new_n699_ & ~new_n700_;
  assign new_n702_ = ~pf0 & ~new_n701_;
  assign new_n703_ = ~pg0 & new_n702_;
  assign new_n704_ = ~new_n677_ & ~new_n695_;
  assign new_n705_ = ~new_n703_ & new_n704_;
  assign new_n706_ = ~new_n642_ & new_n705_;
  assign new_n707_ = ~new_n251_ & new_n706_;
  assign new_n708_ = new_n655_ & new_n706_;
  assign new_n709_ = new_n646_ & new_n655_;
  assign new_n710_ = ~new_n645_ & new_n706_;
  assign new_n711_ = ~new_n709_ & ~new_n710_;
  assign new_n712_ = ~new_n707_ & ~new_n708_;
  assign new_n713_ = new_n711_ & new_n712_;
  assign new_n714_ = ~new_n647_ & ~new_n648_;
  assign new_n715_ = ~new_n650_ & new_n714_;
  assign new_n716_ = ~new_n656_ & ~new_n657_;
  assign new_n717_ = new_n715_ & new_n716_;
  assign new_n718_ = new_n713_ & new_n717_;
  assign new_n719_ = pa & new_n718_;
  assign ps0 = ~pa0 & new_n719_;
  assign pj0 = ~ph0;
endmodule